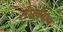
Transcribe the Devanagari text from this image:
संघर्षवान